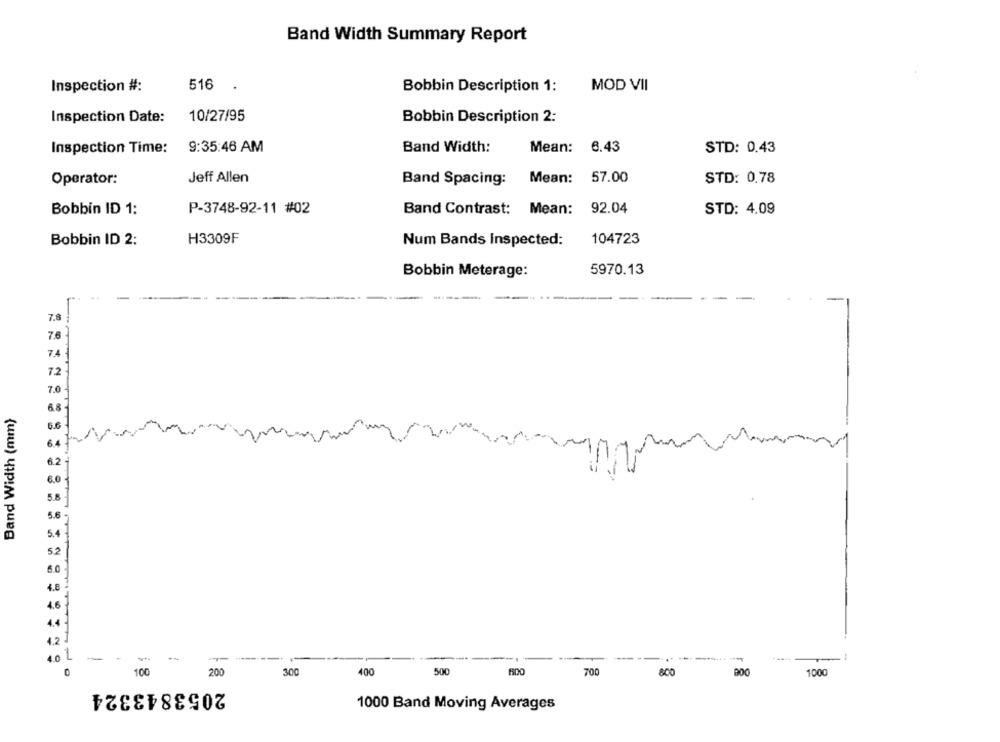
Band Width Summary Report
Inspection #:
516
Bobbin Description 1:
MOD VII
Inspection Date:
10/27/95
Bobbin Description 2:
9:35:46 AM
Mean:
6.43
STD: 0.43
Inspection Time:
Band Width:
Jeff Allen
Mean:
57.00
Operator:
Band Spacing:
STD: 0.78
Bobbin ID 1:
P-3748-92-11 #02
Band Contrast: Mean:
92.04
STD: 4.09
Bobbin ID 2:
H3309F
Num Bands Inspected:
104723
Bobbin Meterage:
5970.13
7.8
7.6
7.4
72
7.0
6.8
Band Width (mm)
58
5.6
5.2
6.0
1
-
--
100
200
300
400
500
700
800
1000
2053843324
1000 Band Moving Averages